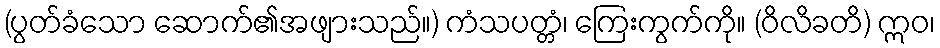
(ပွတ်ခံသော ဆောက်၏အဖျားသည်။) ကံသပတ္တံ၊ ကြေးကွက်ကို။ (ဝိလိခတိ) ဣဝ၊